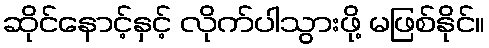
ဆိုင်နောင့်နှင့် လိုက်ပါသွားဖို့ မဖြစ်နိုင်။